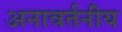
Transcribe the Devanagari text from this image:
अनावर्तनीय